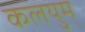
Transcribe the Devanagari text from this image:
कलयुम्